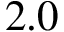
2 . 0